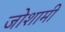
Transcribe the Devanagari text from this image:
जोशामी